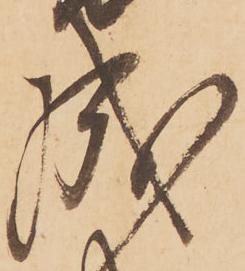
成